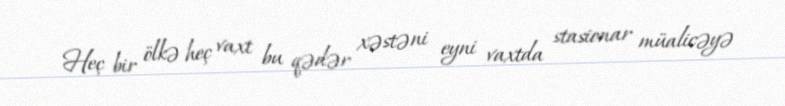
Heç bir ölkə heç vaxt bu qədər xəstəni eyni vaxtda stasionar müalicəyə